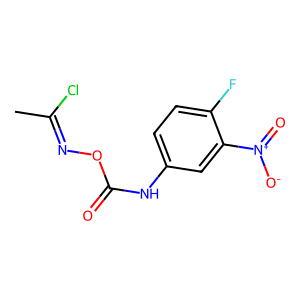
SMILES: CC(Cl)=NOC(=O)Nc1ccc(F)c([N+](=O)[O-])c1
Inhibits HIV replication: No